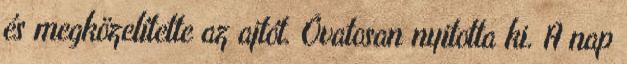
és megközelítette az ajtót. Óvatosan nyitotta ki. A nap